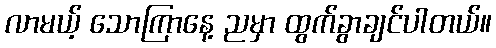
လာမယ့် သောကြာနေ့ ညမှာ ထွက်ခွာချင်ပါတယ်။